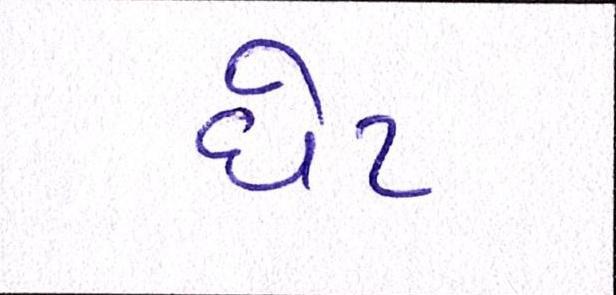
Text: ધેટ